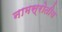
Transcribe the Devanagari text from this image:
नामस्रोतीय